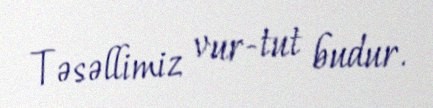
Təsəllimiz vur-tut budur.